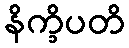
နိက္ခိပတိ